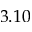
3 . 1 0